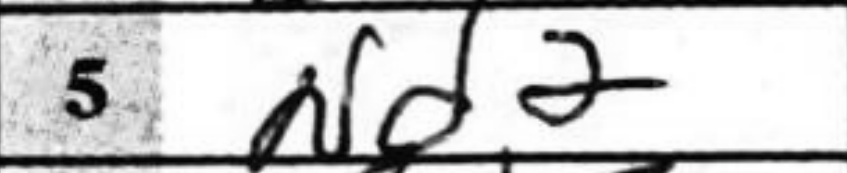
Transcription: Nd2